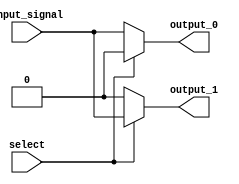
module demux_1to2 (
    input wire input_signal,
    input wire select,
    output reg output_0,
    output reg output_1
);

always @(*)
begin
    if(select)
    begin
        output_0 = 0;
        output_1 = input_signal;
    end
    else
    begin
        output_0 = input_signal;
        output_1 = 0;
    end
end

endmodule